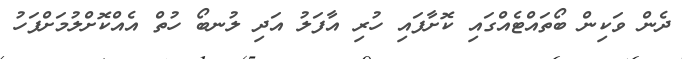
ދެން ވަކިން ބޯތައްޓެއްގައި ކޮށާފައި ހުރި އާފަލު އަދި ލުނބޯ ހުތް އެއްކޮށްލުމަށްފަހު